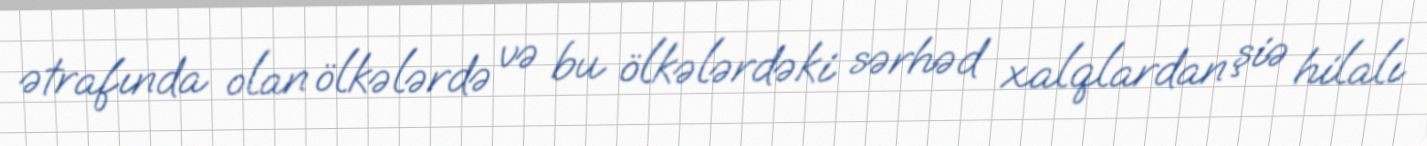
ətrafında olan ölkələrdə və bu ölkələrdəki sərhəd xalqlardan şiə hilalı